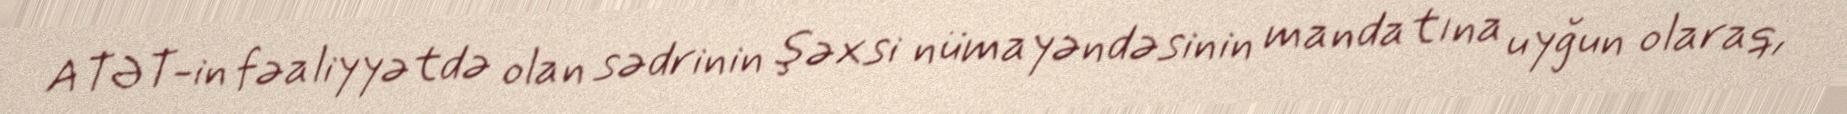
ATƏT-in fəaliyyətdə olan sədrinin şəxsi nümayəndəsinin mandatına uyğun olaraq,